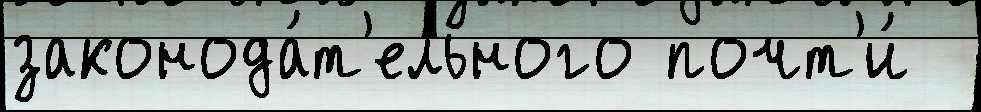
законода́т'ельного почт'и́